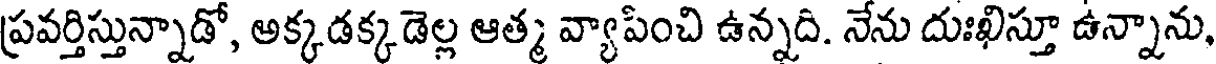
ప్రవర్తిస్తున్నాడో, అక్కడక్కడెల్ల ఆత్మ వ్యాపించి ఉన్నది. నేను దుఃఖిస్తూ ఉన్నాను,